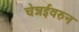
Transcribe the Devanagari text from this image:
चेन्नईवरुन